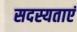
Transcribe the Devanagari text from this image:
सदस्यताएं